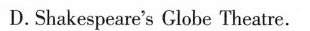
D.Shakespeare's Clobe Theatre.